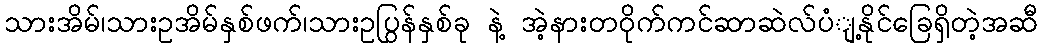
သားအိမ်၊သားဥအိမ်နှစ်ဖက်၊သားဥပြွန်နှစ်ခု နဲ့ အဲ့နားတဝိုက်ကင်ဆာဆဲလ်ပံျ့နိုင်ခြေရှိတဲ့အဆီ